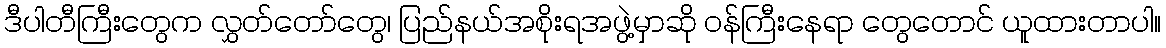
ဒီပါတီကြီးတွေက လွှတ်တော်တွေ၊ ပြည်နယ်အစိုးရအဖွဲ့မှာဆို ဝန်ကြီးနေရာ တွေတောင် ယူထားတာပါ။